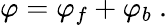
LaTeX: \varphi=\varphi_{f}+\varphi_{b}\ .